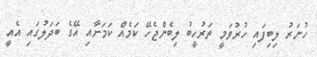
ހުނަރު ލިބިފައި ހުރުވަމީ ތަރުހީބު ލިބެންޖެހޭ ކަމެއް ކަމަށާއި އޭގެ ބަދަލުގައި އެއީ